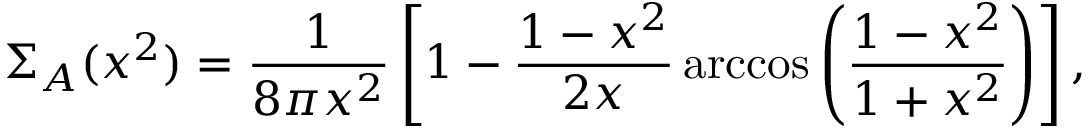
\Sigma _ { A } ( x ^ { 2 } ) = \frac { 1 } { 8 \pi x ^ { 2 } } \left[ 1 - \frac { 1 - x ^ { 2 } } { 2 x } \operatorname { a r c c o s } \left( \frac { 1 - x ^ { 2 } } { 1 + x ^ { 2 } } \right) \right] ,